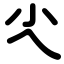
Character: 尐